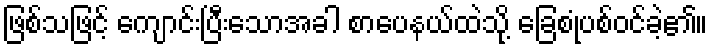
ဖြစ်သဖြင့် ကျောင်းပြီးသောအခါ စာပေနယ်ထဲသို့ ခြေစုံပစ်ဝင်ခဲ့၏။